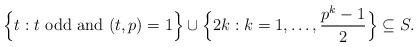
LaTeX: \begin{align*}\Big\{t: t \mbox{ odd and } (t,p)=1 \Big\} \cup \Big\{2k: k=1, \ldots , \frac{p^k-1}{2} \Big\} \subseteq S.\end{align*}